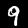
Digit: 9